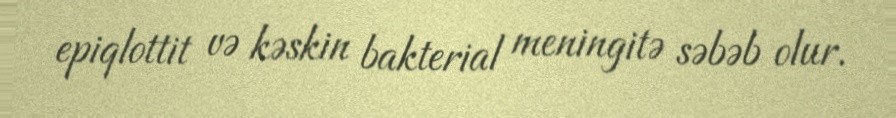
epiqlottit və kəskin bakterial meningitə səbəb olur.